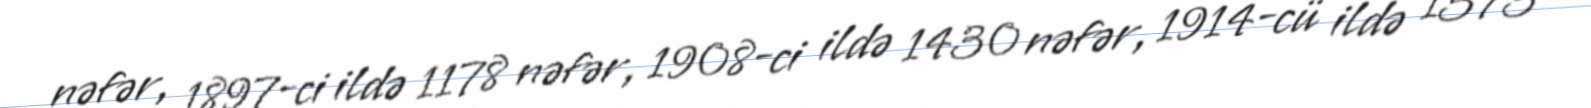
nəfər, 1897-ci ildə 1178 nəfər, 1908-ci ildə 1430 nəfər, 1914-cü ildə 1573